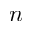
n